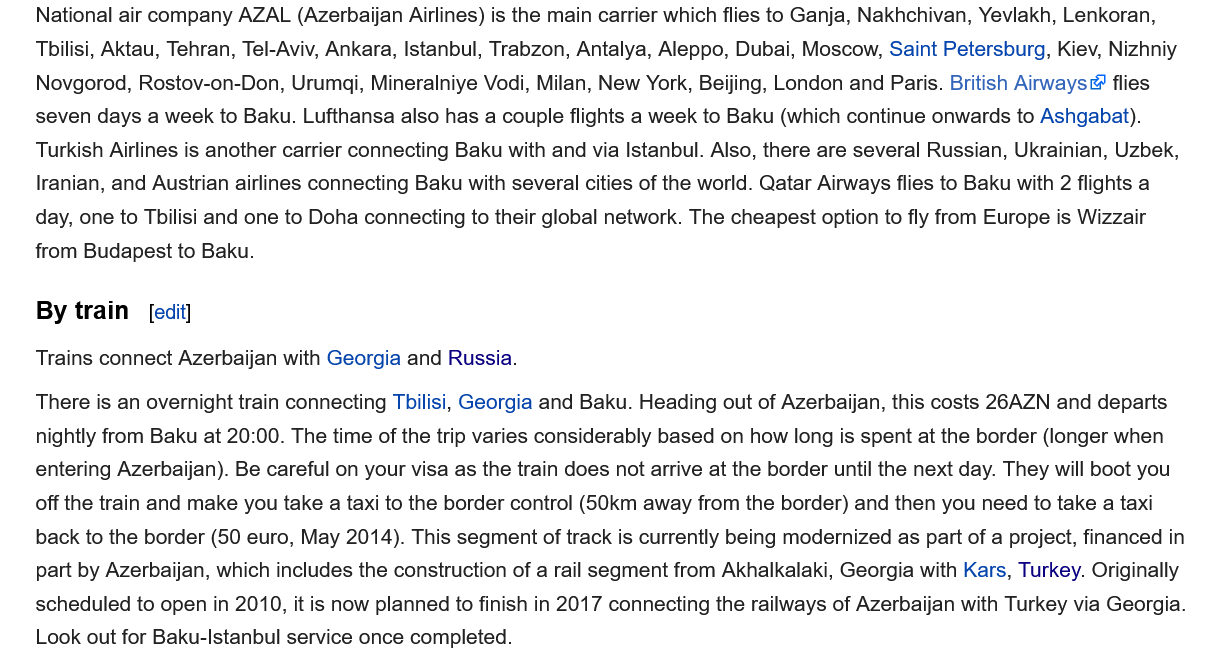
Trains connect Azerbaijan with Georgia and Russia.
    There is an overnight train connecting Tbilisi, Georgia and Baku. Heading out of Azerbaijan, this costs 26AZN and departs
    nightly from Baku at 20:00. The time of the trip varies considerably based on how long is spent at the border (longer when
    entering Azerbaijan). Be careful on your visa as the train does not arrive at the border until the next day. They will boot you
    off the train and make you take a taxi to the border control (50km away from the border) and then you need to take a taxi
    back to the border (50 euro, May 2014). This segment of track is currently being modernized as part of a project, financed in
    part by Azerbaijan, which includes the construction of a rail segment from Akhalkalaki, Georgia with Kars, Turkey. Originally
    scheduled to open in 2010, it is now planned to finish in 2017 connecting the railways of Azerbaijan with Turkey via Georgia.
    Look out for Baku-Istanbul service once completed.
    National air company AZAL (Azerbaijan Airlines) is the main carrier which flies to Ganja, Nakhchivan, Yeviakh, Lenkoran,
    Tbilisi, Aktau, Tehran, Tel-Aviv, Ankara, Istanbul, Trabzon, Antalya, Aleppo, Dubai, Moscow, Saint Petersburg, Kiev, Nizhniy
    Novgorod, Rostov-on-Don, Urumdi, Mineralniye Vodi, Milan, New York, Beijing, London and Paris. British Airways flies
    seven days a week to Baku. Lufthansa also has a couple flights a week to Baku (which continue onwards to Ashgabat).
    Turkish Airlines is another carrier connecting Baku with and via Istanbul. Also, there are several Russian, Ukrainian, Uzbek,
    Iranian, and Austrian airlines connecting Baku with several cities of the world. Qatar Airways flies to Baku with 2 flights a
    day, one to Tbilisi and one to Doha connecting to their global network. The cheapest option to fly from Europe is Wizzair
    from Budapest to Baku.
     [edit] By train